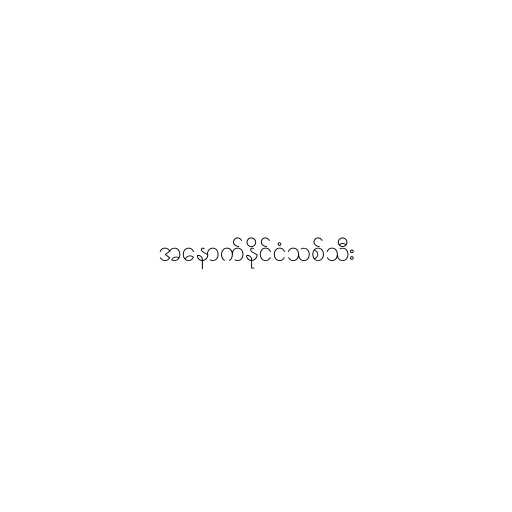
အနောက်နိုင်ငံသစ်သီး